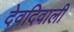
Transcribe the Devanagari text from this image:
देवदिवाली